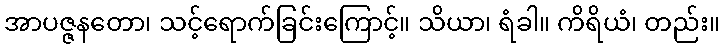
အာပဇ္ဇနတော၊ သင့်ရောက်ခြင်းကြောင့်။ သိယာ၊ ရံခါ။ ကိရိယံ၊ တည်း။